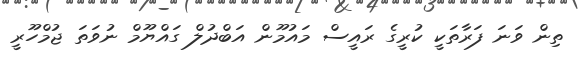
ތިން ވަނަ ފަރާތަކީ ކުރީގެ ރައީސް މައުމޫން އަބްދުލް ގައްޔޫމް ނުވަތަ ޖުމްހޫރީ